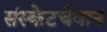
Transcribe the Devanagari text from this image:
संस्केटचेवान